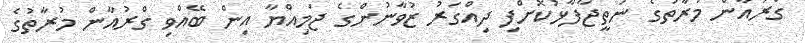
ގްރުއާން މުރާތުގެ ނަތީޖާފާޅުކޮށްފި ދިއްގަރު ޒުވާނުންގެ ޖަމިއްޔާ އިން ބޭއްވި ގްރުއާން މުރާތުގެ